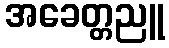
အခေတ္တညူ